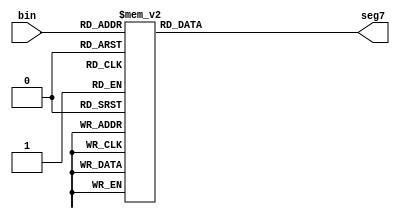
module Seg7decode(       // convert active-high 4-bit hex to 7-segment display code, active low
   input [3:0] bin,      // binary input
   output reg [6:0] seg7 // LED cathode outputs,active low, assumes common anode LEDs. Not actually registers. 
    );
  always @(bin)
    begin
       case(bin)
       //  bit order is segments ABCDEFG
 4'b0000: seg7 = 7'b0000001; // "0"
        4'b0001: seg7 = 7'b1001111; // "1"
        4'b0010: seg7 = 7'b0010010; // "2"
        4'b0011: seg7 = 7'b0000110; // "3"
        4'b0100: seg7 = 7'b1001100; // "4"
        4'b0101: seg7 = 7'b0100100; // "5"
        4'b0110: seg7 = 7'b0100000; // "6"
        4'b0111: seg7 = 7'b0001111; // "7"
        4'b1000: seg7 = 7'b0000000; // "8"
        4'b1001: seg7 = 7'b0000100; // "9"
        4'b1010: seg7 = 7'b0001000; // "A"
        4'b1011: seg7 = 7'b1100000; // "b"
        4'b1100: seg7 = 7'b0110001; // "C"
        4'b1101: seg7 = 7'b1000010; // "d"
        4'b1110: seg7 = 7'b0110000; // "E"
        4'b1111: seg7 = 7'b0111000; // "F"
        default: seg7 = 7'b1111111;
     
          default: seg7 = 7'b1101010; // "n" ("n" for none, but this will never happen)
       endcase
    end   
endmodule